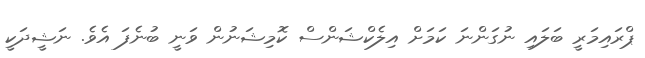
ޕްރައިމަރީ ބަލައި ނުގަންނަ ކަމަށް އިލެކްޝަންސް ކޮމިޝަނުން ވަނީ ބުނެފަ އެވެ. ނަޝީދަކީ